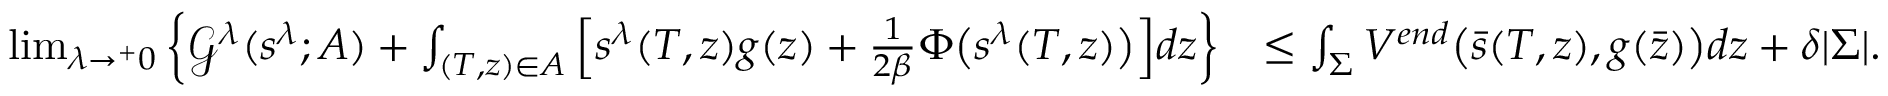
\begin{array} { r l } { \operatorname* { l i m } _ { \lambda \rightarrow ^ { + } 0 } \left\{ \mathcal { G } ^ { \lambda } ( s ^ { \lambda } ; A ) + \int _ { ( T , z ) \in A } \Big [ s ^ { \lambda } ( T , z ) g ( z ) + \frac { 1 } { 2 \beta } \Phi \big ( s ^ { \lambda } ( T , z ) \big ) \Big ] d z \right\} } & { \leq \int _ { \Sigma } V ^ { e n d } \big ( \bar { s } ( T , z ) , g ( \bar { z } ) \big ) d z + \delta | \Sigma | . } \end{array}